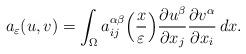
LaTeX: \begin{align*}a_\varepsilon(u,v)=\int_\Omega a_{ij}^{\alpha\beta}\Bigl(\frac{x}{\varepsilon}\Bigr)\frac{\partial u^\beta}{\partial x_j}\frac{\partial v^\alpha}{\partial x_i}\, dx.\end{align*}